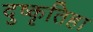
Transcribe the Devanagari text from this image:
दुष्कृतिहा